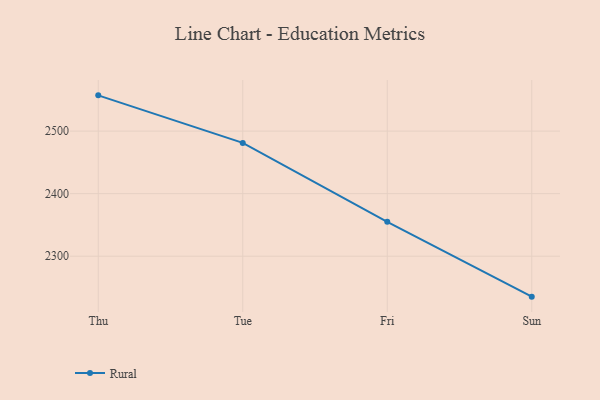
{"axis": {"x": "Day", "y": "Bounce Rate (%)"}, "legend": ["Rural"], "data": [{"x": "Thu", "y": 2557.1, "type": "Rural"}, {"x": "Tue", "y": 2481.1, "type": "Rural"}, {"x": "Fri", "y": 2354.9, "type": "Rural"}, {"x": "Sun", "y": 2235.4, "type": "Rural"}]}